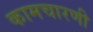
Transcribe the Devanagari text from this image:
कामचारणी